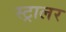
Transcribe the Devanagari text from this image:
स्ट्रालर